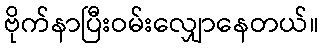
ဗိုက်နာပြီးဝမ်းလျှောနေတယ်။